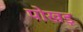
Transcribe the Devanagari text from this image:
पोखड़